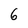
Character: 6